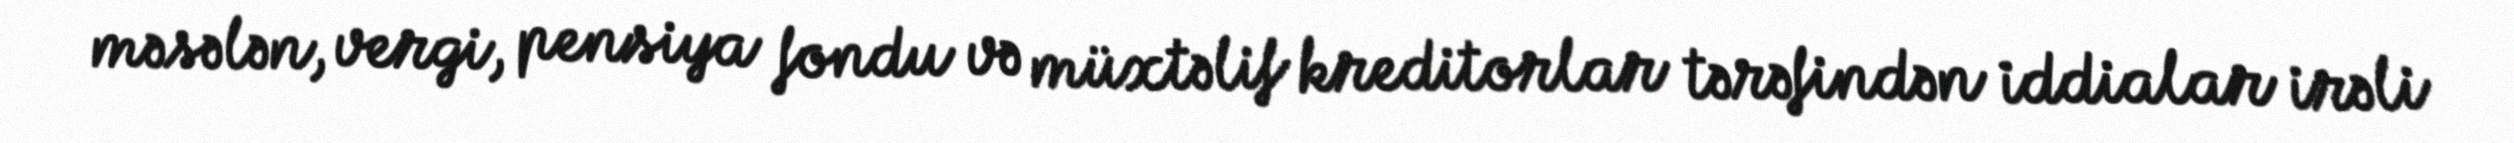
məsələn, vergi, pensiya fondu və müxtəlif kreditorlar tərəfindən iddialar irəli